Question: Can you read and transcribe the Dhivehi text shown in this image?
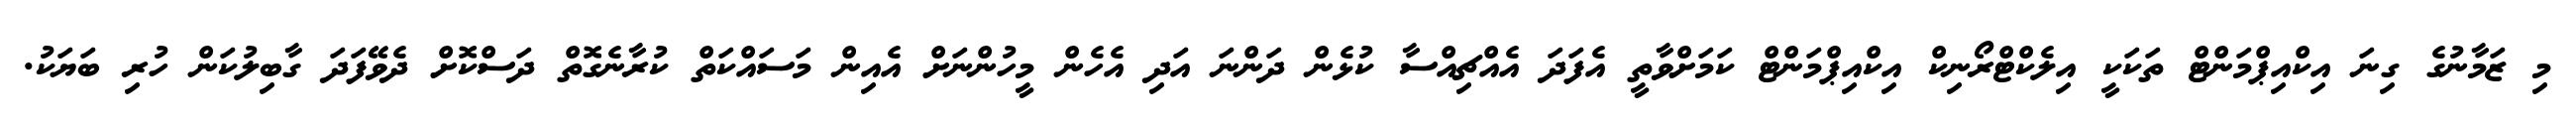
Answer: މި ޒަމާނުގެ ގިނަ އިކްއިޕްމަންޓް ތަކަކީ އިލެކްޓްރޯނިކް އިކްއިޕްމަންޓް ކަމަށްވާތީ އެފަދަ އެއްޗިއްސާ ކުޅެން ދަންނަ އަދި އެހެން މީހުންނަށް އެއިން މަސައްކަތް ކުރާނެގޮތް ދަސްކޮށް ދެވޭފަދަ ގާބިލުކަން ހުރި ބަޔަކު.